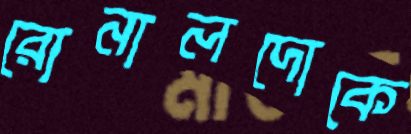
রোনালদোকে